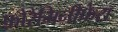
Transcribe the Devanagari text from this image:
फ़ोरैमिनीफेरा